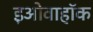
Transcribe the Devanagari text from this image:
इओवाहॉक